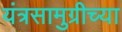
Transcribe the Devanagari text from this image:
यंत्रसामुग्रीच्या